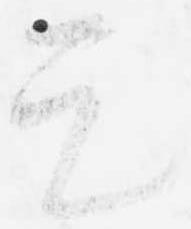
天